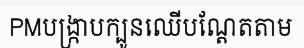
PMបង្ក្រាបក្បូនឈើបណ្តែតតាម